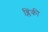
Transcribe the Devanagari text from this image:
ब्लिंकी